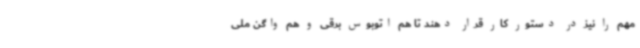
مهم را نیز در دستور کار قرار دهند تا هم اتوبوس برقی و هم واگن ملی